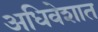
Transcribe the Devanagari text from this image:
अधिवेशात